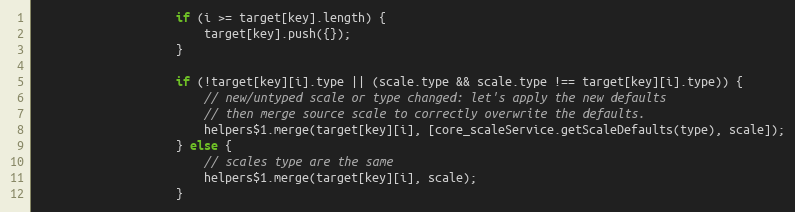
Language: JavaScript
					if (i >= target[key].length) {
						target[key].push({});
					}

					if (!target[key][i].type || (scale.type && scale.type !== target[key][i].type)) {
						// new/untyped scale or type changed: let's apply the new defaults
						// then merge source scale to correctly overwrite the defaults.
						helpers$1.merge(target[key][i], [core_scaleService.getScaleDefaults(type), scale]);
					} else {
						// scales type are the same
						helpers$1.merge(target[key][i], scale);
					}